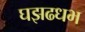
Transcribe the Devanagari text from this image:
घझढधभ